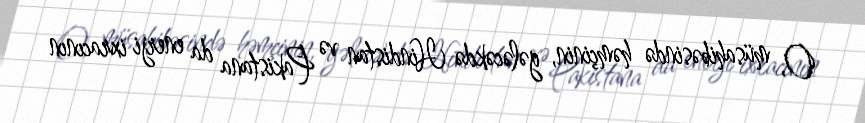
O, müsahibəsində həmçinin, gələcəkdə Hindistan və Pakistana da enerji ixracının